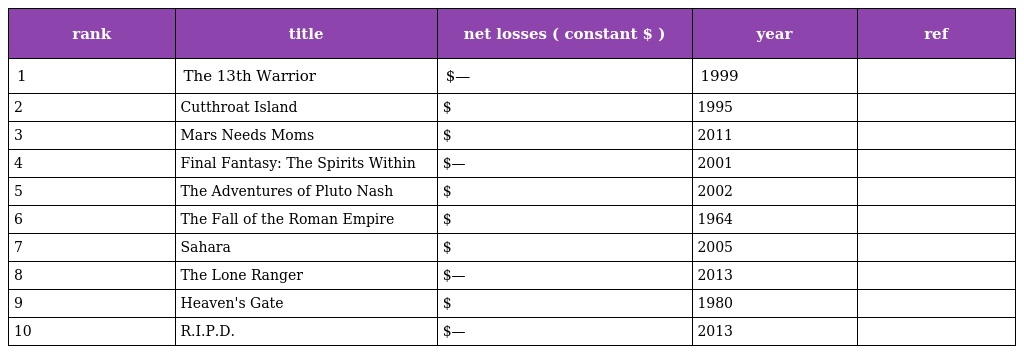
| rank | title | net losses ( constant $ ) | year | ref |
 | --- | --- | --- | --- | --- |
 | 1 | The 13th Warrior | $— | 1999 |  |
 | 2 | Cutthroat Island | $ | 1995 |  |
 | 3 | Mars Needs Moms | $ | 2011 |  |
 | 4 | Final Fantasy: The Spirits Within | $— | 2001 |  |
 | 5 | The Adventures of Pluto Nash | $ | 2002 |  |
 | 6 | The Fall of the Roman Empire | $ | 1964 |  |
 | 7 | Sahara | $ | 2005 |  |
 | 8 | The Lone Ranger | $— | 2013 |  |
 | 9 | Heaven's Gate | $ | 1980 |  |
 | 10 | R.I.P.D. | $— | 2013 |  |